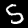
Label: 5